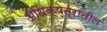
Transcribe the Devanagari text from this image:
अधिक्षेत्रातील